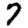
Digit: 7